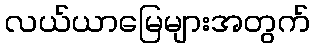
လယ်ယာမြေများအတွက်